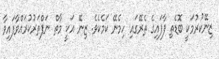
ޒިނޭކުރުމަކީ ބޮޑެތި ފާފައިގެ ތެރޭގައި ހިމެނޭ ކަމެކެވެ. ޒިނޭ އަކީ މާތް ނަފްތަރުކުރައްވާފައިވާ